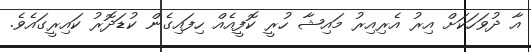
އާ ދުވަހަކަށް އިރު އެރިއިރު މައިޝާ ހުރީ ކޮފީއެއް ހިފައިގެން ކުޑަދޮރު ކައިރީގައެވެ.